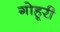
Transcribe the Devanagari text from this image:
गोहूरी